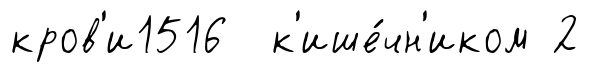
кров'и1516 к'ише́чн'иком 2